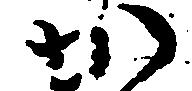
か